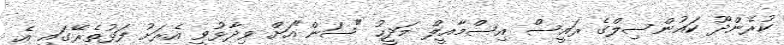
ކުރެންދޫ ކައުންސިލްގެ ރައީސް އިސްމާއީލް މަދީހު "ސަން"އަށް ވިދާޅުވީ އެރަށު ފަޅުތެރޭގައި އެ